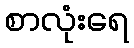
စာလုံးရေ